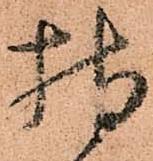
持